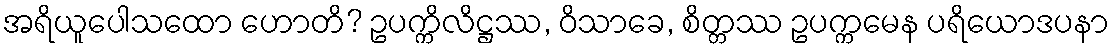
အရိယူပေါသထော ဟောတိ? ဥပက္ကိလိဋ္ဌဿ, ဝိသာခေ, စိတ္တဿ ဥပက္ကမေန ပရိယောဒပနာ